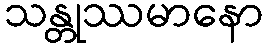
သန္တုဿမာနော